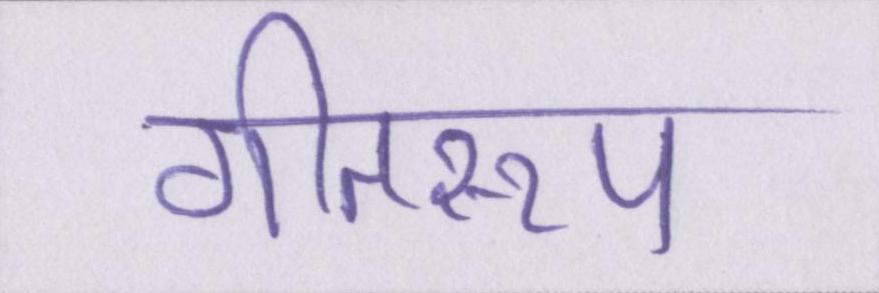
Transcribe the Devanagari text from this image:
गीतरूप